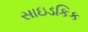
સાઇડકિક